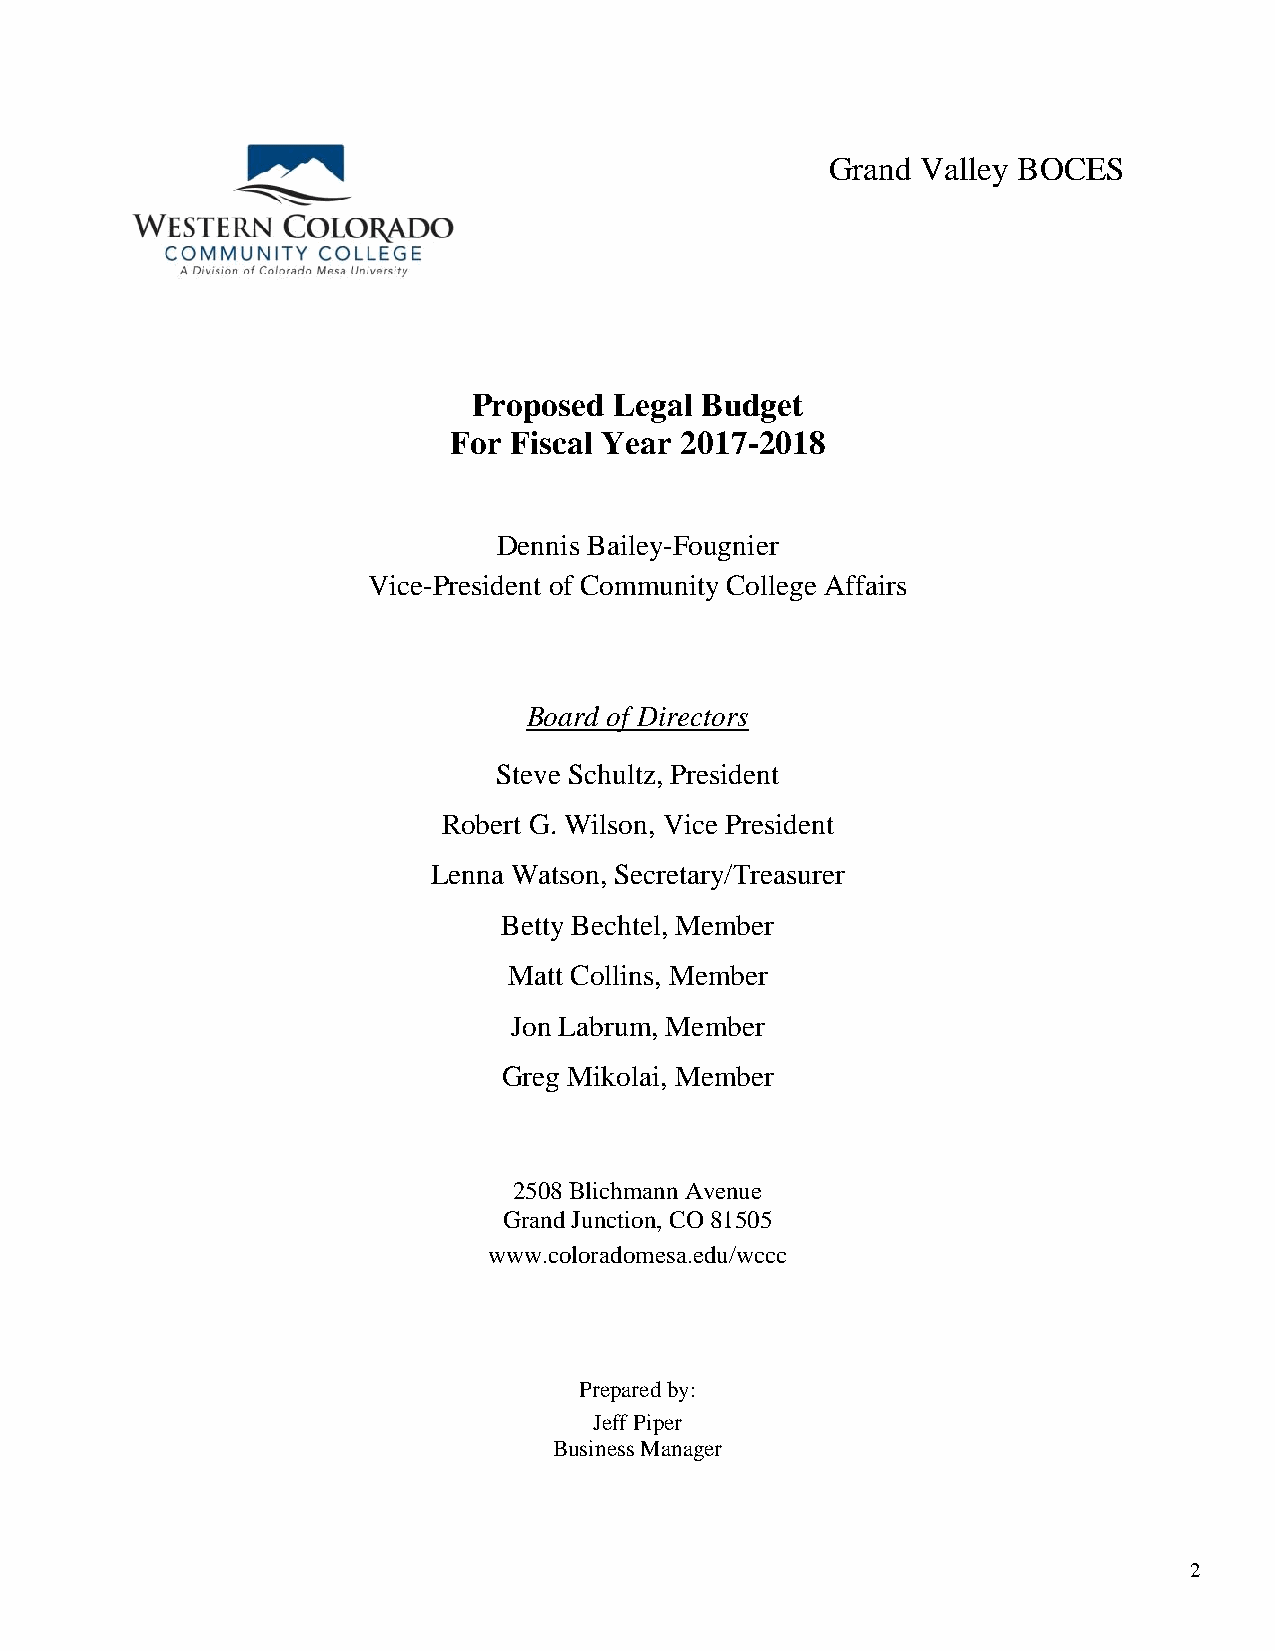
Grand Valley BOCES
 Proposed  Legal Budget
 For Fiscal Year 2017-2018
 Dennis Bailey-Fougnier
 Vice-President of Community College Affairs
 Board of Directors
 Steve Schultz, President
 Robert G. Wilson, Vice President
 Lenna Watson, Secretary/Treasurer
 Betty Bechtel, Member
 Matt Collins, Member
 Jon Labrum, Member
 Greg Mikolai, Member
 2508 Blichmann Avenue
 Grand Junction, CO 81505
 www.coloradomesa.edu/wccc
 Prepared by:
 Jeff Piper
 Business Manager
 2